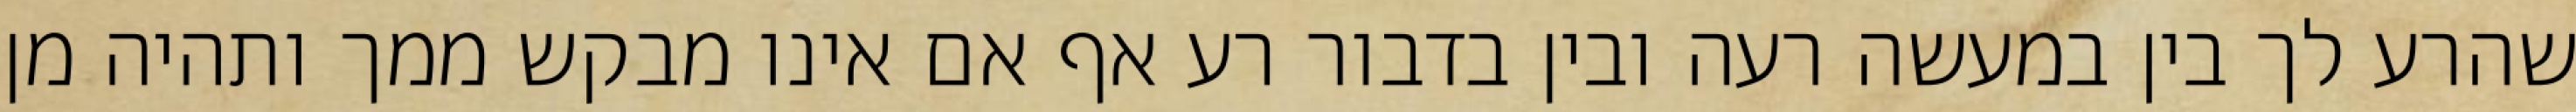
שהרע לך בין במעשה רעה ובין בדבור רע אף אם אינו מבקש ממך ותהיה מן